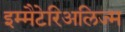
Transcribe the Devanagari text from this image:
इम्मैटेरिअलिज्म